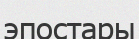
эпостары